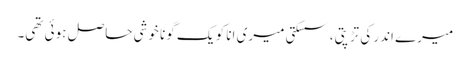
میرے اندر کی تڑپتی، سسکتی میری انا کو یک گونا خوشی حاصل ہوئی تھی۔